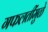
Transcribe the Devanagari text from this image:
गफलतींमुळे